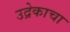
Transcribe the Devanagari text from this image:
उद्रेकाचा